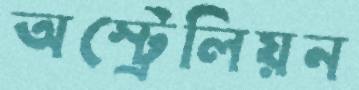
অস্ট্রেলিয়ন